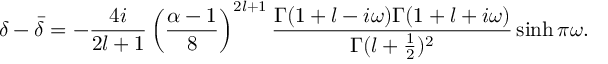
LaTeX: \delta - \bar { \delta } = - \frac { 4 i } { 2 l + 1 } \left( \frac { \alpha - 1 } { 8 } \right) ^ { 2 l + 1 } \frac { \Gamma ( 1 + l - i \omega ) \Gamma ( 1 + l + i \omega ) } { \Gamma ( l + \frac { 1 } { 2 } ) ^ { 2 } } \sinh \pi \omega .